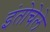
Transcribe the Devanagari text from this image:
इंतोचेले